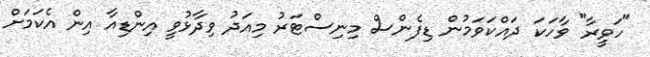
"ހަވީރާ" ވާހަކަ ދައްކަވަމުން ޑިފެންސް މިނިސްޓަރު މިއަދު ވިދާޅުވީ އިންޑިއާ އިން އެކަމަށް